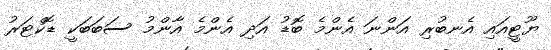
ޔޫޓީއައި އެނބުރި އަންނަ އެންމެ ބޮޑު އަދި އެންމެ އާންމު ސަބަބަކީ ޑޮކްޓަރު